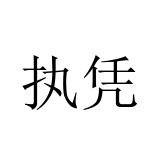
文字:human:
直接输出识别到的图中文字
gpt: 执凭